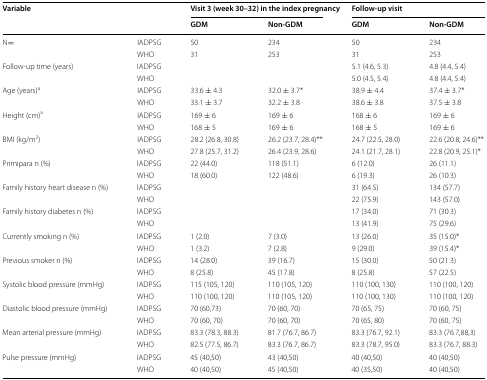
<table><thead><tr><td rowspan="2" colspan="2"><b>Variable</b></td><td colspan="2"><b>Visit 3 (week 30–32) in the index pregnancy</b></td><td colspan="2"><b>Follow-up visit</b></td></tr><tr><td><b>GDM</b></td><td><b>Non-GDM</b></td><td><b>GDM</b></td><td><b>Non-GDM</b></td></tr></thead><tbody><tr><td rowspan="2">N=</td><td>IADPSG</td><td>50</td><td>234</td><td>50</td><td>234</td></tr><tr><td>WHO</td><td>31</td><td>253</td><td>31</td><td>253</td></tr><tr><td rowspan="2">Follow-up time (years)</td><td>IADPSG</td><td></td><td></td><td>5.1 (4.6, 5.3)</td><td>4.8 (4.4, 5.4)</td></tr><tr><td>WHO</td><td></td><td></td><td>5.0 (4.5, 5.4)</td><td>4.8 (4.4, 5.4)</td></tr><tr><td rowspan="2">Age (years)<sup>a</sup></td><td>IADPSG</td><td>33.6 ± 4.3</td><td>32.0 ± 3.7*</td><td>38.9 ± 4.4</td><td>37.4 ± 3.7*</td></tr><tr><td>WHO</td><td>33.1 ± 3.7</td><td>32.2 ± 3.8</td><td>38.6 ± 3.8</td><td>37.5 ± 3.8</td></tr><tr><td rowspan="2">Height (cm)<sup>a</sup></td><td>IADPSG</td><td>169 ± 6</td><td>169 ± 6</td><td>168 ± 6</td><td>169 ± 6</td></tr><tr><td>WHO</td><td>168 ± 5</td><td>169 ± 6</td><td>168 ± 5</td><td>169 ± 6</td></tr><tr><td rowspan="2">BMI (kg/m<sup>2</sup>)</td><td>IADPSG</td><td>28.2 (26.8, 30.8)</td><td>26.2 (23.7, 28.4)**</td><td>24.7 (22.5, 28.0)</td><td>22.6 (20.8, 24.6)**</td></tr><tr><td>WHO</td><td>27.8 (25.7, 31.2)</td><td>26.4 (23.9, 28.6)</td><td>24.1 (21.7, 28.1)</td><td>22.8 (20.9, 25.1)*</td></tr><tr><td rowspan="2">Primipara n (%)</td><td>IADPSG</td><td>22 (44.0)</td><td>118 (51.1)</td><td>6 (12.0)</td><td>26 (11.1)</td></tr><tr><td>WHO</td><td>18 (60.0)</td><td>122 (48.6)</td><td>6 (19.3)</td><td>26 (10.3)</td></tr><tr><td rowspan="2">Family history heart disease n (%)</td><td>IADPSG</td><td></td><td></td><td>31 (64.5)</td><td>134 (57.7)</td></tr><tr><td>WHO</td><td></td><td></td><td>22 (75.9)</td><td>143 (57.0)</td></tr><tr><td rowspan="2">Family history diabetes n (%)</td><td>IADPSG</td><td></td><td></td><td>17 (34.0)</td><td>71 (30.3)</td></tr><tr><td>WHO</td><td></td><td></td><td>13 (41.9)</td><td>75 (29.6)</td></tr><tr><td rowspan="2">Currently smoking n (%)</td><td>IADPSG</td><td>1 (2.0)</td><td>7 (3.0)</td><td>13 (26.0)</td><td>35 (15.0)*</td></tr><tr><td>WHO</td><td>1 (3.2)</td><td>7 (2.8)</td><td>9 (29.0)</td><td>39 (15.4)*</td></tr><tr><td rowspan="2">Previous smoker n (%)</td><td>IADPSG</td><td>14 (28.0)</td><td>39 (16.7)</td><td>15 (30.0)</td><td>50 (21.3)</td></tr><tr><td>WHO</td><td>8 (25.8)</td><td>45 (17.8)</td><td>8 (25.8)</td><td>57 (22.5)</td></tr><tr><td rowspan="2">Systolic blood pressure (mmHg)</td><td>IADPSG</td><td>115 (105, 120)</td><td>110 (105, 120)</td><td>110 (100, 130)</td><td>110 (100, 120)</td></tr><tr><td>WHO</td><td>110 (100, 120)</td><td>110 (105, 120)</td><td>110 (100, 130)</td><td>110 (100, 120)</td></tr><tr><td rowspan="2">Diastolic blood pressure (mmHg)</td><td>IADPSG</td><td>70 (60,73)</td><td>70 (60, 70)</td><td>70 (65, 75)</td><td>70 (60, 75)</td></tr><tr><td>WHO</td><td>70 (60, 70)</td><td>70 (60, 70)</td><td>70 (65, 80)</td><td>70 (60, 75)</td></tr><tr><td rowspan="2">Mean arterial pressure (mmHg)</td><td>IADPSG</td><td>83.3 (78.3, 88.3)</td><td>81.7 (76.7, 86.7)</td><td>83.3 (76.7, 92.1)</td><td>83.3 (76.7,88,3)</td></tr><tr><td>WHO</td><td>82.5 (77.5, 86.7)</td><td>83.3 (76.7, 86.7)</td><td>83.3 (78.7, 95.0)</td><td>83.3 (76.7, 88.3)</td></tr><tr><td rowspan="2">Pulse pressure (mmHg)</td><td>IADPSG</td><td>45 (40,50)</td><td>43 (40,50)</td><td>40 (40,50)</td><td>40 (40,50)</td></tr><tr><td>WHO</td><td>40 (40,50)</td><td>45 (40,50)</td><td>40 (35,50)</td><td>40 (40,50)</td></tr></tbody></table>